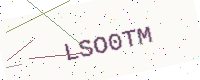
Text: LSO0TM